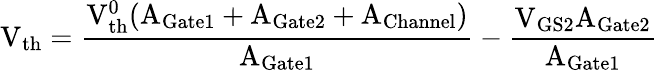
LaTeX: \mathrm{V_{th}}=\frac{\mathrm{V_{th}^{0}}(\mathrm{A_{Gate1}+A_{Gate2}+A_{Channel})}}{\mathrm{A_{Gate1}}}-\frac{\mathrm{V_{GS2}A_{Gate2}}}{\mathrm{A_{Gate1}}}